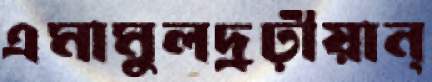
এমামুলদ্রঢ়ীয়ান্‌